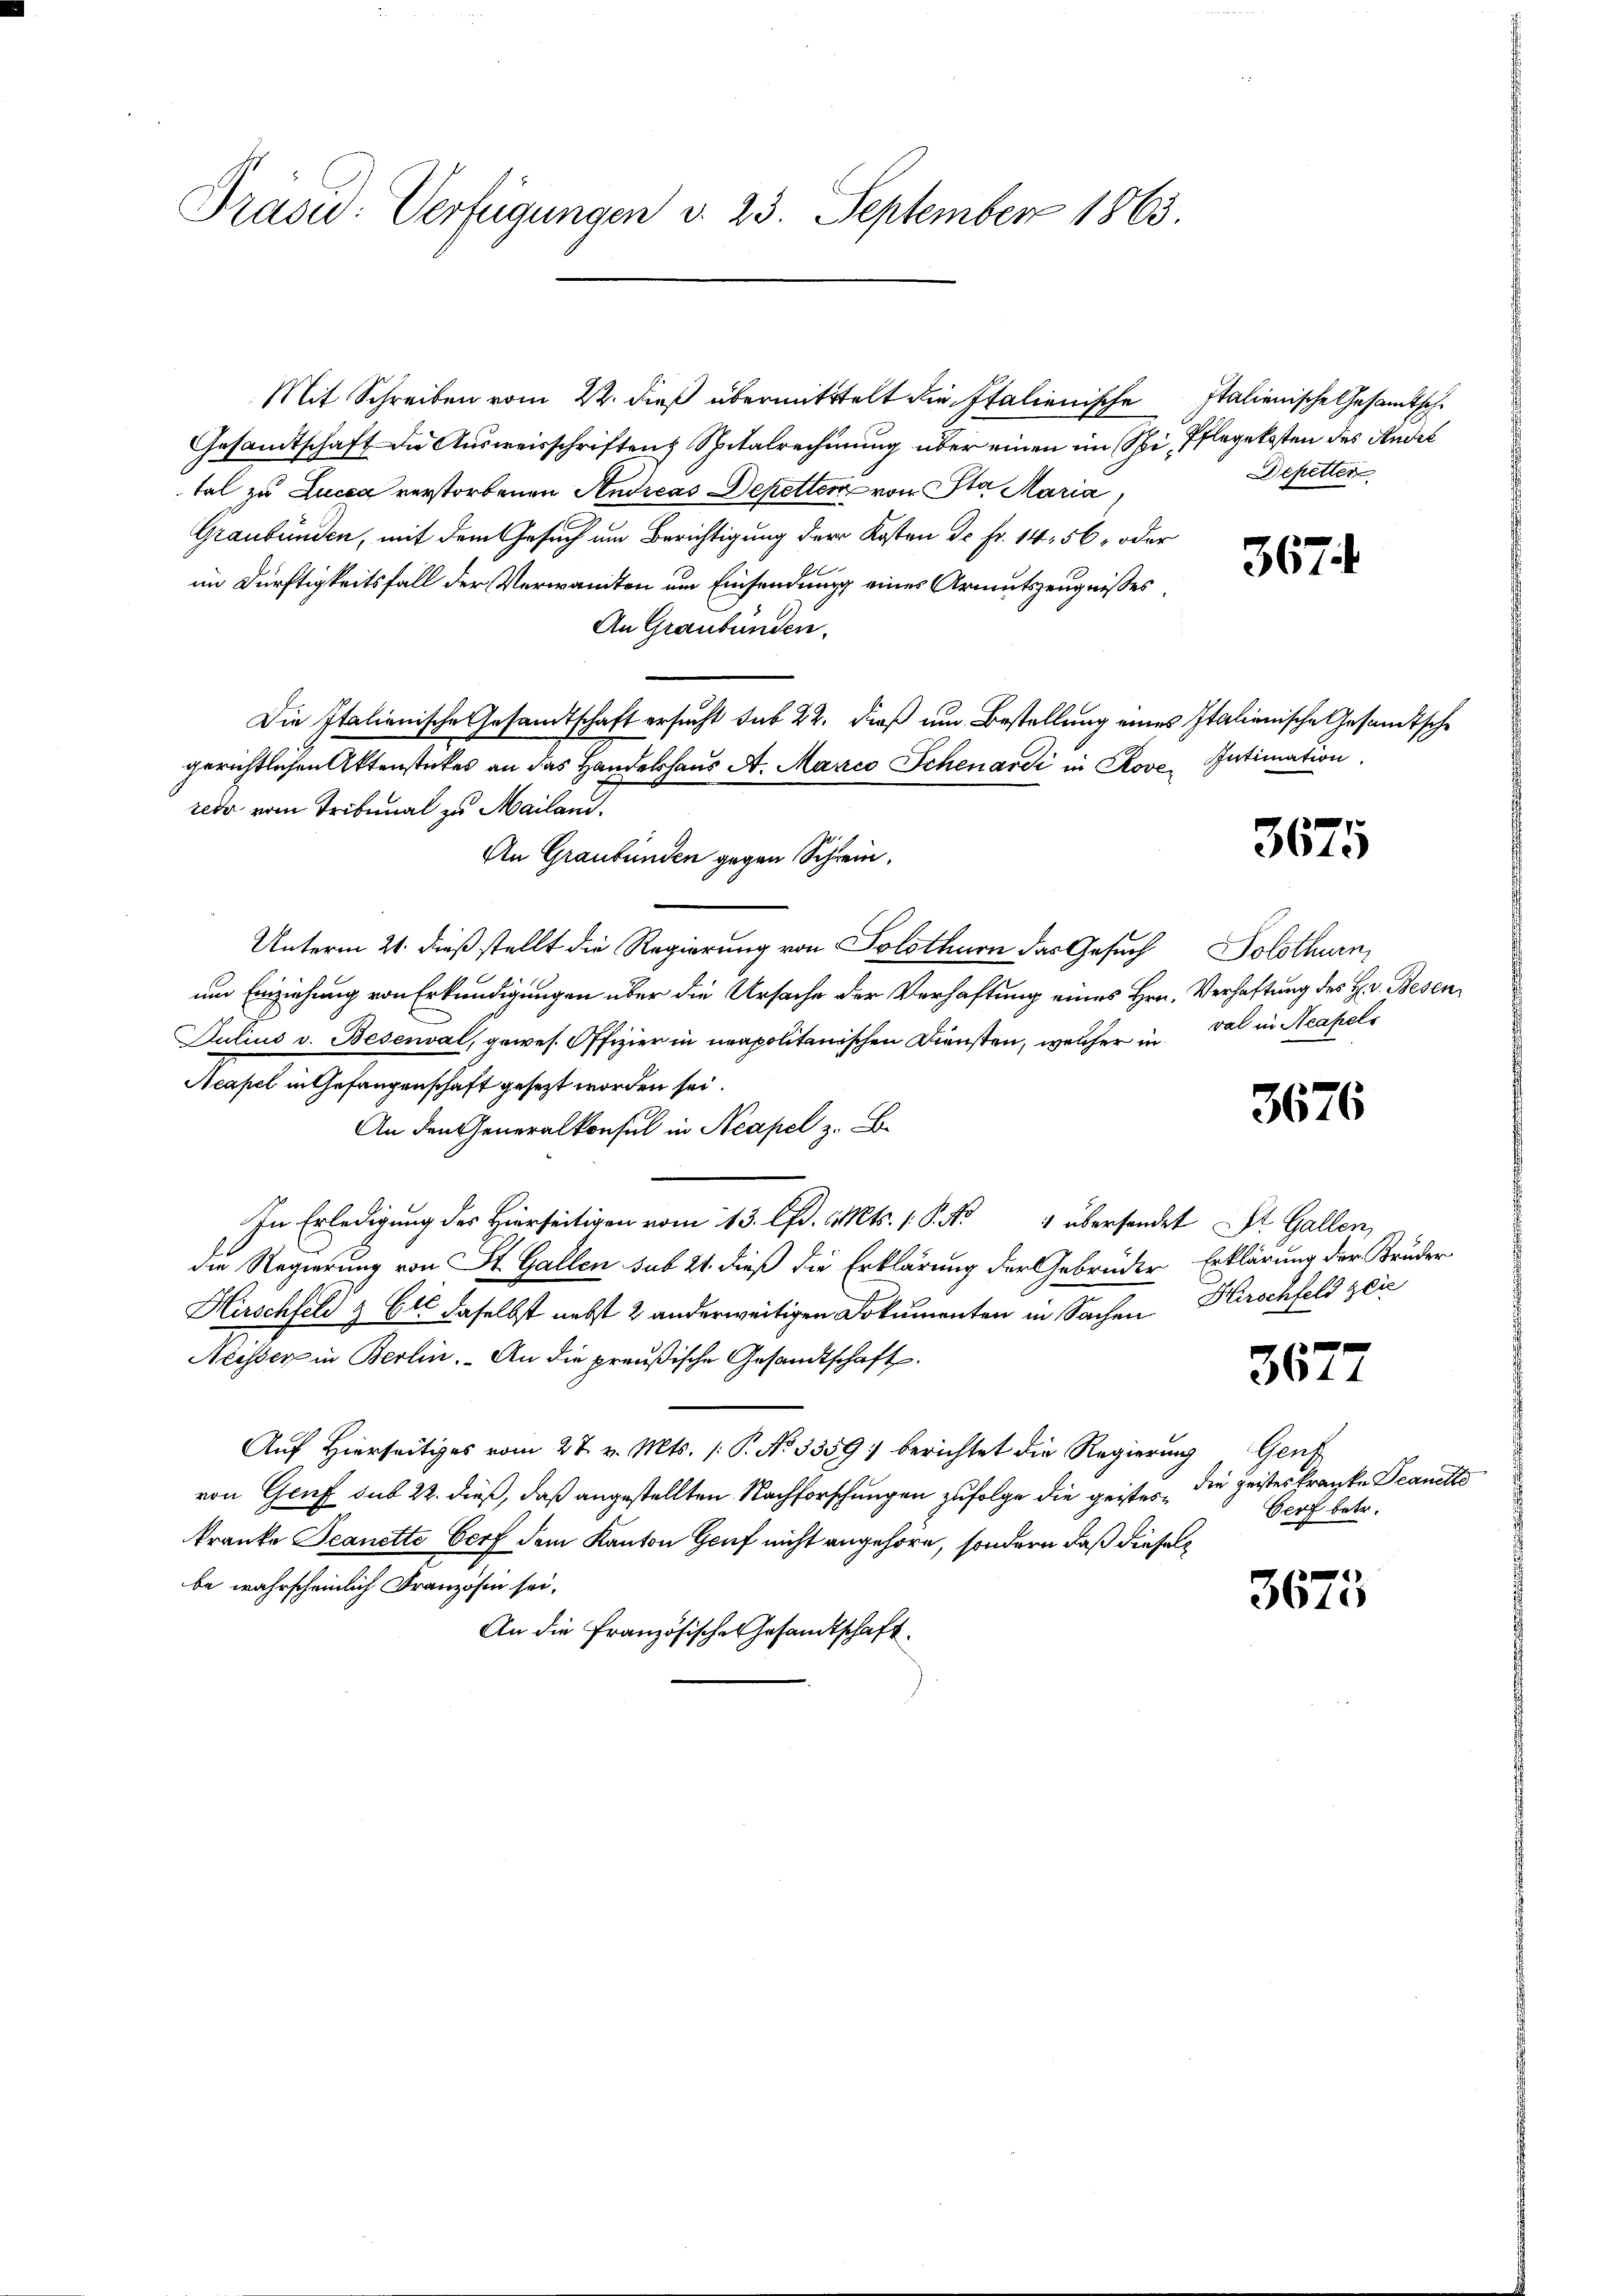
Präsid. Verfügungen d. 23. September 1863.

Mit Schreiben vom 22. dieß übermittelt die Italienische
Gesandtschaft die Ausweisschriften Spitalrechnung über einen im Spi, Pflegekosten des Rüdet
tal zu Lucca verstorbenen Andreas Depetter von Sta Maria,
Graubünden, mit dem Gesuch um Berichtigung der Kosten de Fr. 14, 56 - oder
im Dürftigkeitsfall der Verwandten um Einsendung eines Armutszeugnisses,
An Graubünden.
Die Italienische Gesandtschaft ersucht sub 22. dieß um Bestellung eines Italienische Gesandtsche
gerichtlichen Aktenstückes an das Handelshaus A. Marco Schenardi in Prove Intimation
rede vom Tribunal zu Mailand.
An Graubünden gegen Schrein.
Unterm 21. dieß stellt die Regierung von Solothurn das Gesuch
um Einziehung von Erkundigungen über die Ursache der Verhaftung eines Hrn.
Julius v. Besenval, gewes. Offizier in neapolitanischen Diensten, welcher in
Acapel in Gefangenschaft gesezt worden sei.
An den Generalkonsul in Neapel z. B.
In Erledigung des Hierseitigen vom 13. d. Mts. 1. P. No 4 übersendet St. Gallen,
die Regierung von St. Gallen sub 21. dieß die Erklärung der Gebrüder
Hirschfeld & Cie daselbst nebst 2 anderweitigen Dokumenten in Sachen
Neisser in Berlin. An die preußische Gesandtschaft.
Auf Hierseitiges vom 27. v. Mts. /: P. No 3359; berichtet die Regierung Genf
von Genf sub 22. dieß, daß angestellten Nachforschungen zufolge die geistes, die geistes kranke Deanetts
kranke Seanette Dorf dem Kanton Genf nicht angehöre, sondern daß diesel
be wahrscheinlich Französin sei,
An die Französische Gesandtschaft.

Italienische Gesamtsch
Depetter

367.

3675

Solothurn
Verhaftung des H. v. Besen,
val in Neapels

3676

Erklärung der Bruder
Hirschfeld zei

x
3044

Gerf betr.

3675.